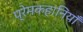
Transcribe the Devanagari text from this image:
प्रेमकहानियाँ